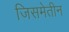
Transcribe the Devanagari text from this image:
जिसमेतीन